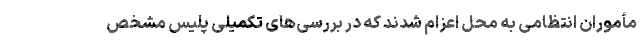
مأموران انتظامی به محل اعزام شدند که در بررسی‌های تکمیلی پلیس مشخص